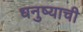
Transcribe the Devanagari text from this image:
धनुष्याची